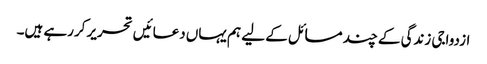
ازدواجی زندگی کے چند مسائل کے لیے ہم یہاں دعائیں تحریر کررہے ہیں۔